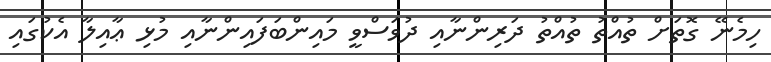
ހިމެނޭ ގޮތަށް ތުއްތު ތުއްތު ދަރިންނާއި ދުވަސްވީ މައިންބަފައިންނާއި މުޅި ޢާއިލާ އެކުގައި